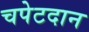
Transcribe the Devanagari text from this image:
चपेटदान